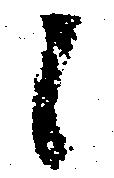
候